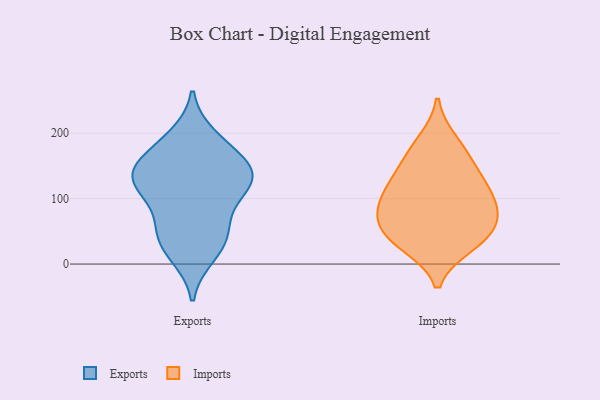
{"axis": {"x": "LTV (USD)", "y": "Value"}, "legend": ["Exports", "Imports"], "data": [{"x": "", "y": 113, "type": "Exports"}, {"x": "", "y": 186, "type": "Exports"}, {"x": "", "y": 163, "type": "Exports"}, {"x": "", "y": 13, "type": "Exports"}, {"x": "", "y": 134, "type": "Exports"}, {"x": "", "y": 48, "type": "Exports"}, {"x": "", "y": 51, "type": "Exports"}, {"x": "", "y": 22, "type": "Exports"}, {"x": "", "y": 138, "type": "Exports"}, {"x": "", "y": 195, "type": "Exports"}, {"x": "", "y": 56, "type": "Exports"}, {"x": "", "y": 108, "type": "Exports"}, {"x": "", "y": 104, "type": "Exports"}, {"x": "", "y": 144, "type": "Exports"}, {"x": "", "y": 137, "type": "Exports"}, {"x": "", "y": 144, "type": "Exports"}, {"x": "", "y": 33, "type": "Imports"}, {"x": "", "y": 188, "type": "Imports"}, {"x": "", "y": 144, "type": "Imports"}, {"x": "", "y": 124, "type": "Imports"}, {"x": "", "y": 168, "type": "Imports"}, {"x": "", "y": 101, "type": "Imports"}, {"x": "", "y": 53, "type": "Imports"}, {"x": "", "y": 29, "type": "Imports"}, {"x": "", "y": 74, "type": "Imports"}, {"x": "", "y": 43, "type": "Imports"}, {"x": "", "y": 83, "type": "Imports"}, {"x": "", "y": 81, "type": "Imports"}, {"x": "", "y": 118, "type": "Imports"}]}